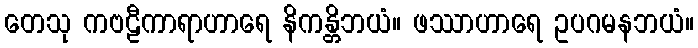
တေသု ကဗဠီကာရာဟာရေ နိကန္တိဘယံ။ ဖဿာဟာရေ ဥပဂမနဘယံ။